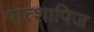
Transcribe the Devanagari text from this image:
मात्शापिज